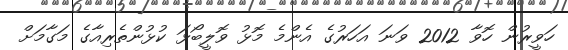
ހަވީރުން ހޮވާ 2012 ވަނަ އަހަރުގެ އެންމެ މޮޅު ވޮލީބޯޅަ ކުޅުންތެރިއާގެ މަގާމަށް